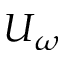
U _ { \omega }